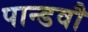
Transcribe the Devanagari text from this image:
पान्डवौ